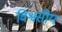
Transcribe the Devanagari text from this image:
विश्वसीय